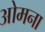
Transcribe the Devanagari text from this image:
ओमना